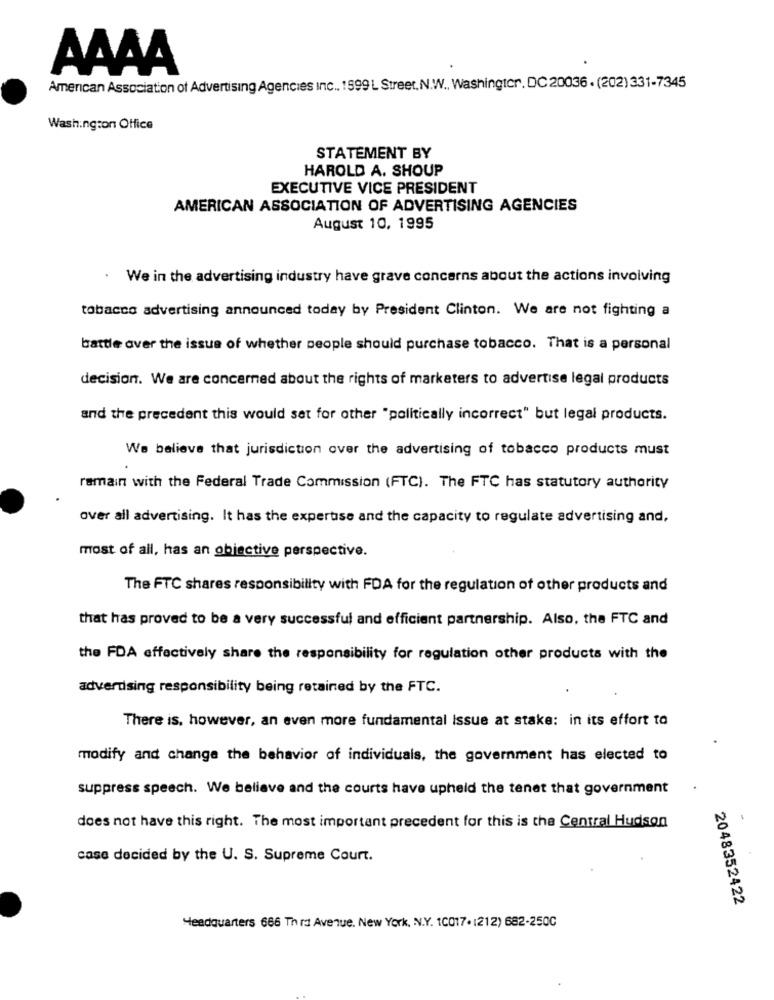
AAAA
American Association of Advertising Agencies Inc .. 1599 L Street. N.W ., Washingtcr. DC20036 . (202) 331-7345
Washington Office
STATEMENT BY
HAROLD A. SHOUP
EXECUTIVE VICE PRESIDENT
AMERICAN ASSOCIATION OF ADVERTISING AGENCIES
August 10, 1995
We in the advertising industry have grave concerns about the actions involving
tobacco advertising announced today by President Clinton. We are not fighting a
battle over the issue of whether people should purchase tobacco. That is a personal
decision. We are concerned about the rights of marketers to advertise legal products
and the precedent this would set for other "politically incorrect" but legal products.
We believe that jurisdiction over the advertising of tobacco products must
remain with the Federal Trade Commission (FTC). The FTC has statutory authority
over all advertising. It has the expertise and the capacity to regulate advertising and,
most of all, has an objective perspective.
The FTC shares responsibility with FDA for the regulation of other products and
that has proved to be a very successful and efficient partnership. Also, the FTC and
the FDA effectively share the responsibility for regulation other products with the
adverdsing responsibility being retained by the FTC.
There is, however, an even more fundamental Issue at stake: in its effort to
modify and change the behavior of individuals, the government has elected to
suppress speech. We believe and the courts have upheld the tenet that government
does not have this right. The most important precedent for this is the Central Hudson
case decided by the U. S. Supreme Court.
2048352422
Headquarters 666 Th r3 Avenue, New York, N.Y. 10017. (212) 682-2500